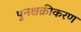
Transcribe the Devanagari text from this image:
पुनश्चक्रीकरण